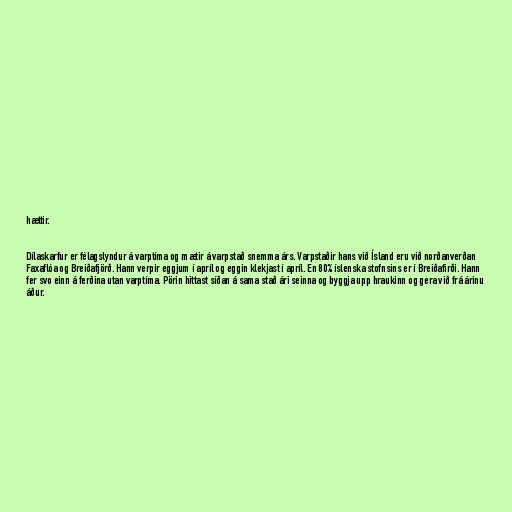
hættir.

Dílaskarfur er félagslyndur á varptíma og mætir á varpstað snemma árs. Varpstaðir hans við Ísland eru við norðanverðan
Faxaflóa og Breiðafjörð. Hann verpir eggjum í apríl og eggin klekjast í apríl. En 80% íslenska stofnsins er í Breiðafirði. Hann
fer svo einn á ferðina utan varptíma. Pörin hittast síðan á sama stað ári seinna og byggja upp hraukinn og gera við frá árinu
áður.